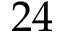
2 4